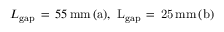
L _ { \mathrm { { g a p } } } \, = \, 5 5 \, \mathrm { { m m } \, ( a ) , \ L _ { \mathrm { { g a p } } } \, = \, 2 5 \, \mathrm { { m m } \, ( b ) } }